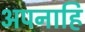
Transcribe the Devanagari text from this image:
अपनाहि